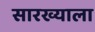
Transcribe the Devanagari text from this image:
सारख्याला